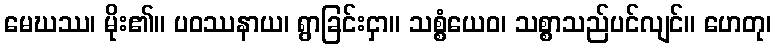
မေဃဿ၊ မိုး၏။ ပဝဿနာယ၊ ရွာခြင်းငှာ။ သစ္စံယေဝ၊ သစ္စာသည်ပင်လျင်။ ဟေတု၊